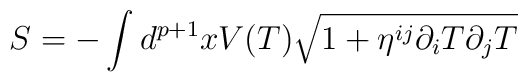
S = -\int d^{p+1}x V(T)\sqrt{1+\eta^{ij}\partial_i T\partial_j T}